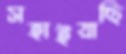
সহাইয়াছি